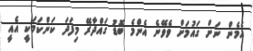
އެމެން ނަށް ގައުމަށް ވެވޭނެ އެންމެ ބޮޑު ގައްދާރޭ މިފަދަ ކަންކަމަކީ އެއީ